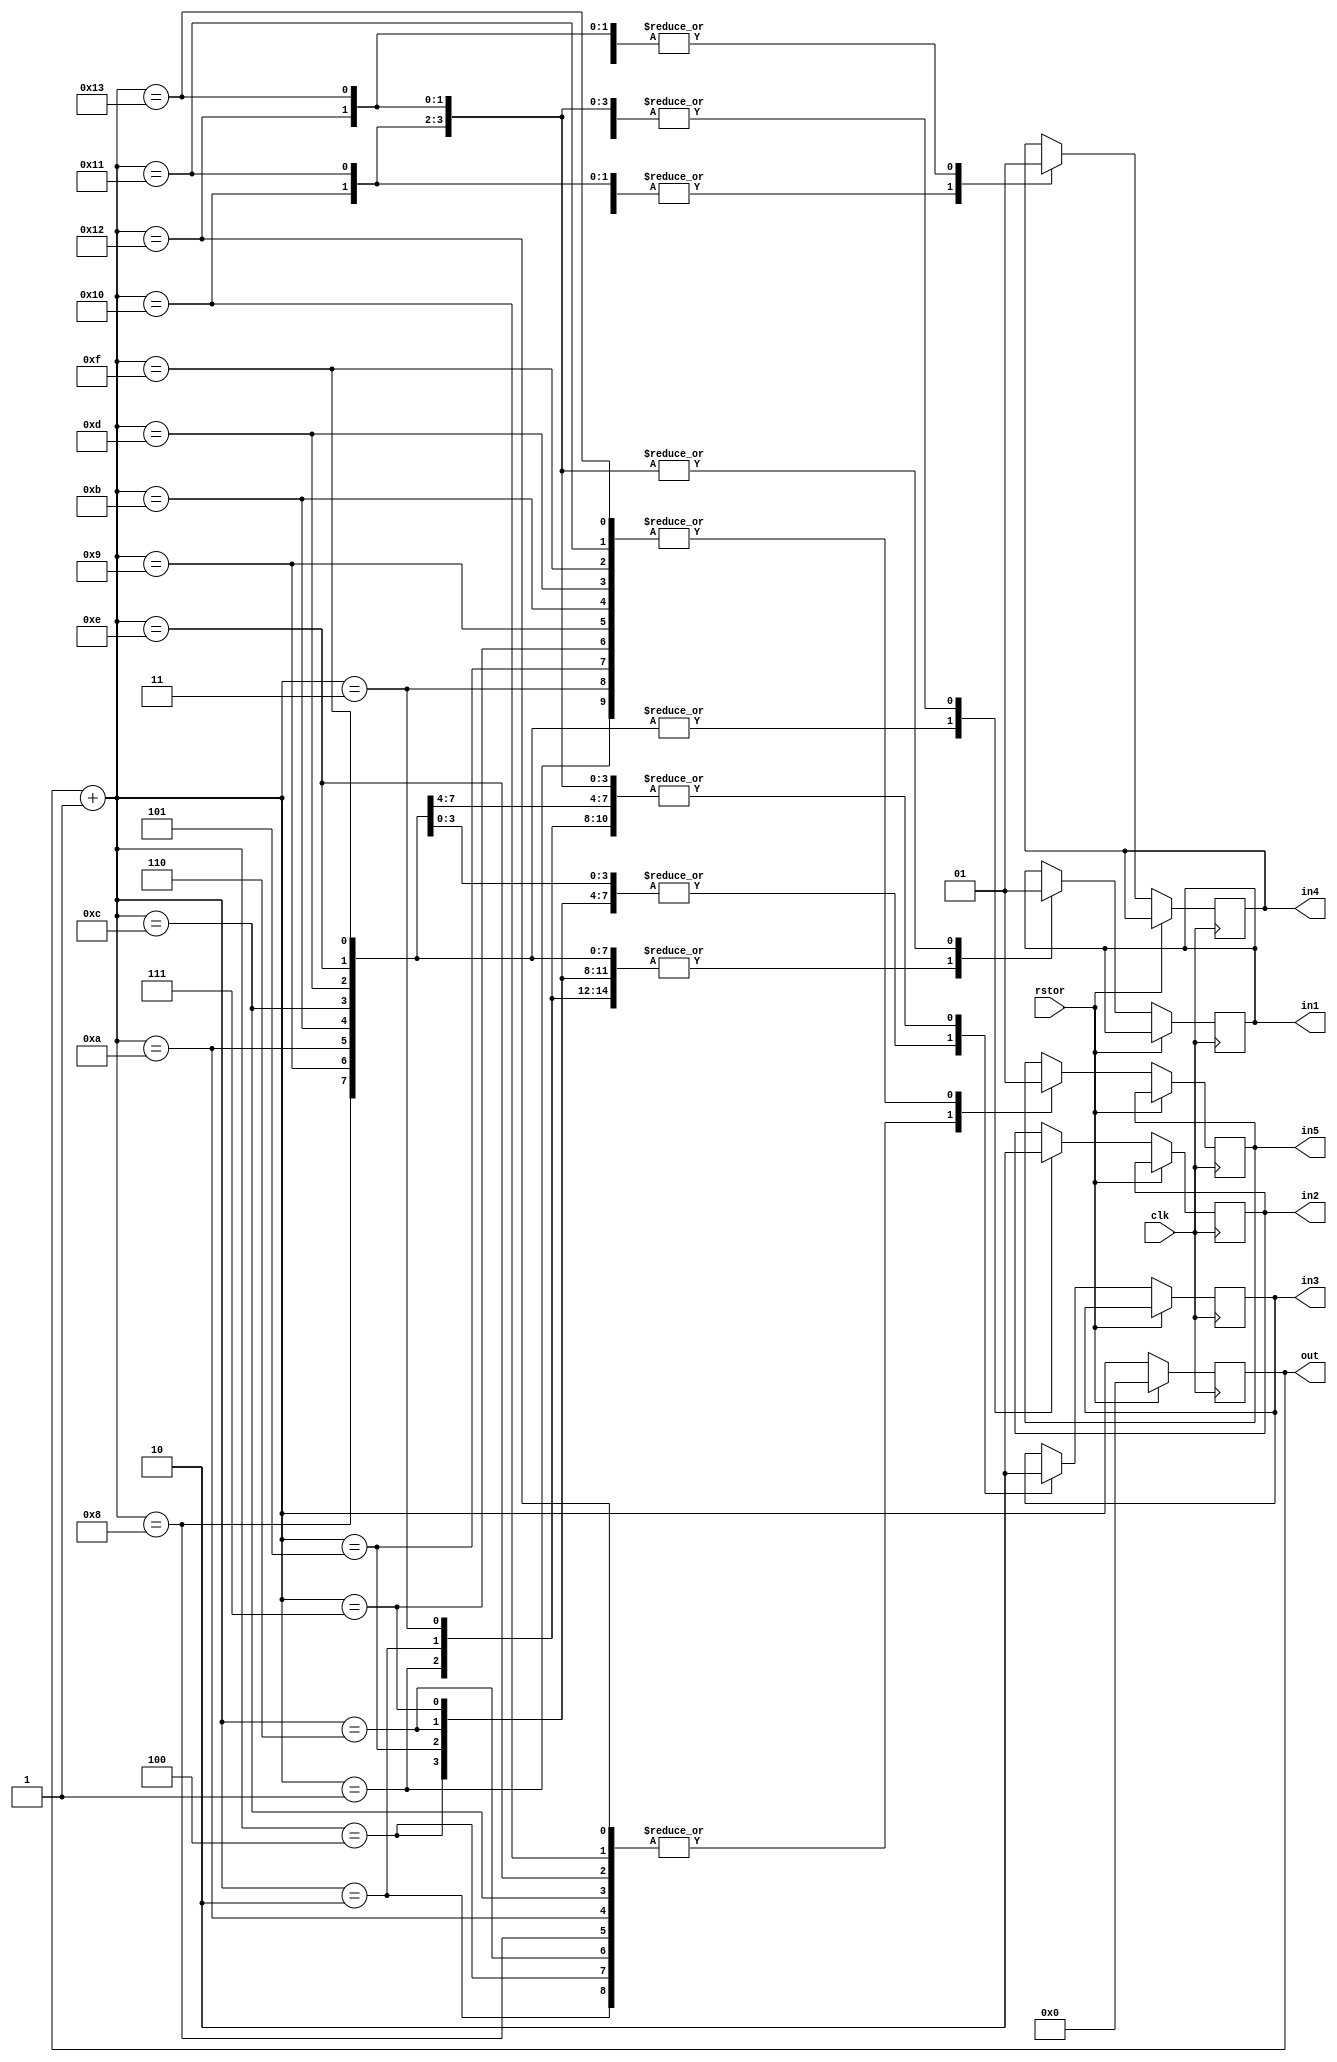
module counter_5bit(in1,in2,in3,in4,in5,out,clk,rstor);

output reg [4:0] out;
output reg in1,in2,in3,in4,in5;
input clk,rstor;

always @(posedge clk)
begin
	if(rstor)
		begin
		out = 5'b00000;
		end

	else
		begin
		out = out + 1;

		case(out)
			5'b00001 : begin in1=0;in2=0;in3=0;in4=0;in5=1; end
			5'b00010 : begin in1=0;in2=0;in3=0;in4=1;in5=0; end
			5'b00011 : begin in1=0;in2=0;in3=0;in4=1;in5=1; end
			5'b00100 : begin in1=0;in2=0;in3=1;in4=0;in5=0; end
			5'b00101 : begin in1=0;in2=0;in3=1;in4=0;in5=1; end
			5'b00110 : begin in1=0;in2=0;in3=1;in4=1;in5=0; end
			5'b00111 : begin in1=0;in2=0;in3=1;in4=1;in5=1; end
			5'b01000 : begin in1=0;in2=1;in3=0;in4=0;in5=0; end
			5'b01001 : begin in1=0;in2=1;in3=0;in4=0;in5=1; end
			5'b01010 : begin in1=0;in2=1;in3=0;in4=1;in5=0; end
			5'b01011 : begin in1=0;in2=1;in3=0;in4=1;in5=1; end
			5'b01100 : begin in1=0;in2=1;in3=1;in4=0;in5=0; end
			5'b01101 : begin in1=0;in2=1;in3=1;in4=0;in5=1; end
			5'b01110 : begin in1=0;in2=1;in3=1;in4=1;in5=0; end
			5'b01111 : begin in1=0;in2=1;in3=1;in4=1;in5=1; end
			5'b10000 : begin in1=1;in2=0;in3=0;in4=0;in5=0; end
			5'b10001 : begin in1=1;in2=0;in3=0;in4=0;in5=1; end
			5'b10010 : begin in1=1;in2=0;in3=0;in4=1;in5=0; end
			5'b10011 : begin in1=1;in2=0;in3=0;in4=1;in5=1; end
			
		endcase
		end
end

endmodule